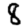
Digit: 8